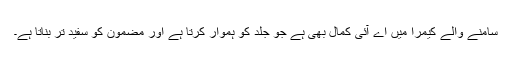
سامنے والے کیمرا میں اے آئی کمال بھی ہے جو جلد کو ہموار کرتا ہے اور مضمون کو سفید تر بناتا ہے۔